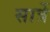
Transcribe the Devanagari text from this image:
सार्त्रे